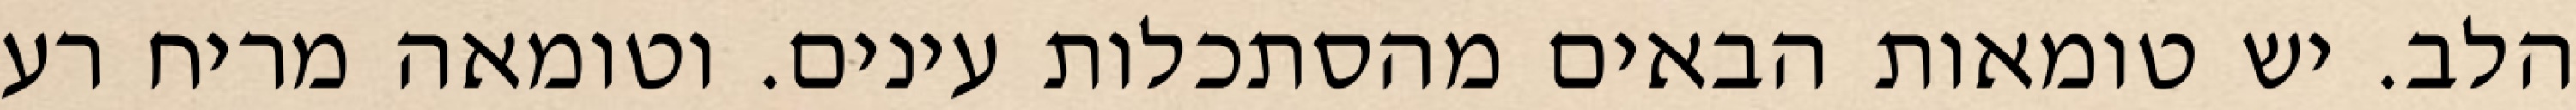
הלב. יש טומאות הבאים מהסתכלות עינים. וטומאה מריח רע